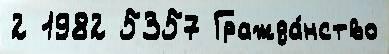
2 1982 5357 Гражда́нство